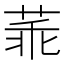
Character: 䓙